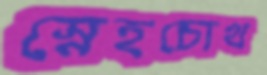
স্নেহচোখ